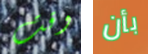
وقت بأن